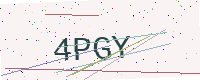
Text: 4PGY